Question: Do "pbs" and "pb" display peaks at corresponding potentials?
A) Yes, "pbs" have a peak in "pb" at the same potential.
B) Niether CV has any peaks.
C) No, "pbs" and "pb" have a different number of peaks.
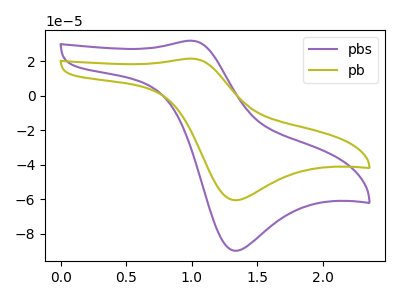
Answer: <think>The purple curve "pbs" has an anodic peak at (1.00V, 31.85uA) and a cathodic peak at (1.35V, -90.00uA). The olive curve "pb" has an anodic peak at (1.00V, 21.50uA) and a cathodic peak at (1.35V, -60.65uA).</think>
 <answer>A) Yes, "pbs" have a peak in "pb" at the same potential.</answer>
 <eval>A</eval>